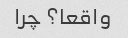
واقعا؟ چرا